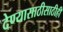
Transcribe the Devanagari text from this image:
देण्यासाठीसाठीही